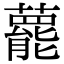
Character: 藣